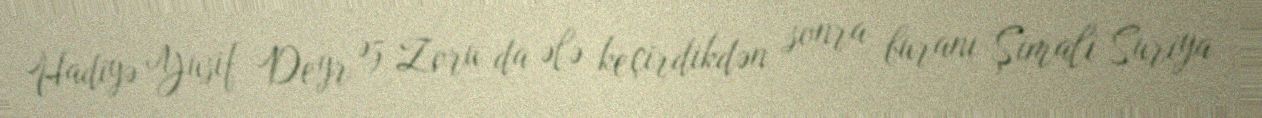
Hadiyə Yusif Deyr əz Zoru da ələ keçirdikdən sonra buranı Şimali Suriya